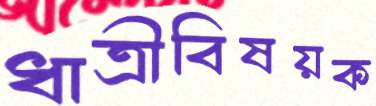
ধাত্রীবিষয়ক